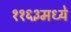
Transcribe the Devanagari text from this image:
११६३मध्ये